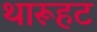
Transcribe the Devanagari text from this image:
थारूहट